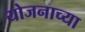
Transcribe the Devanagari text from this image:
योजनाच्या